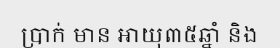
ប្រាក់ មាន អាយុ៣៥ឆ្នាំ និង